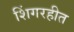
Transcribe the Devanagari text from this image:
शिंगरहीत